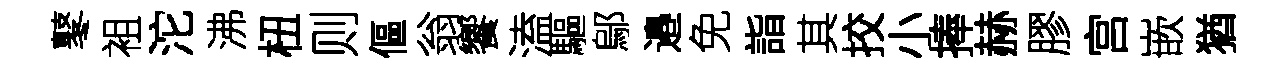
鼕袓沱沸杻则傴翁饗溘驅鄔邉免詣其挍小捧赫膠宫嵌猶